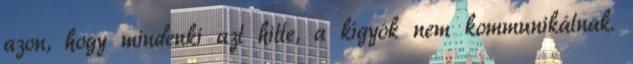
azon, hogy mindenki azt hitte, a kígyók nem kommunikálnak.